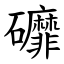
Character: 䃺